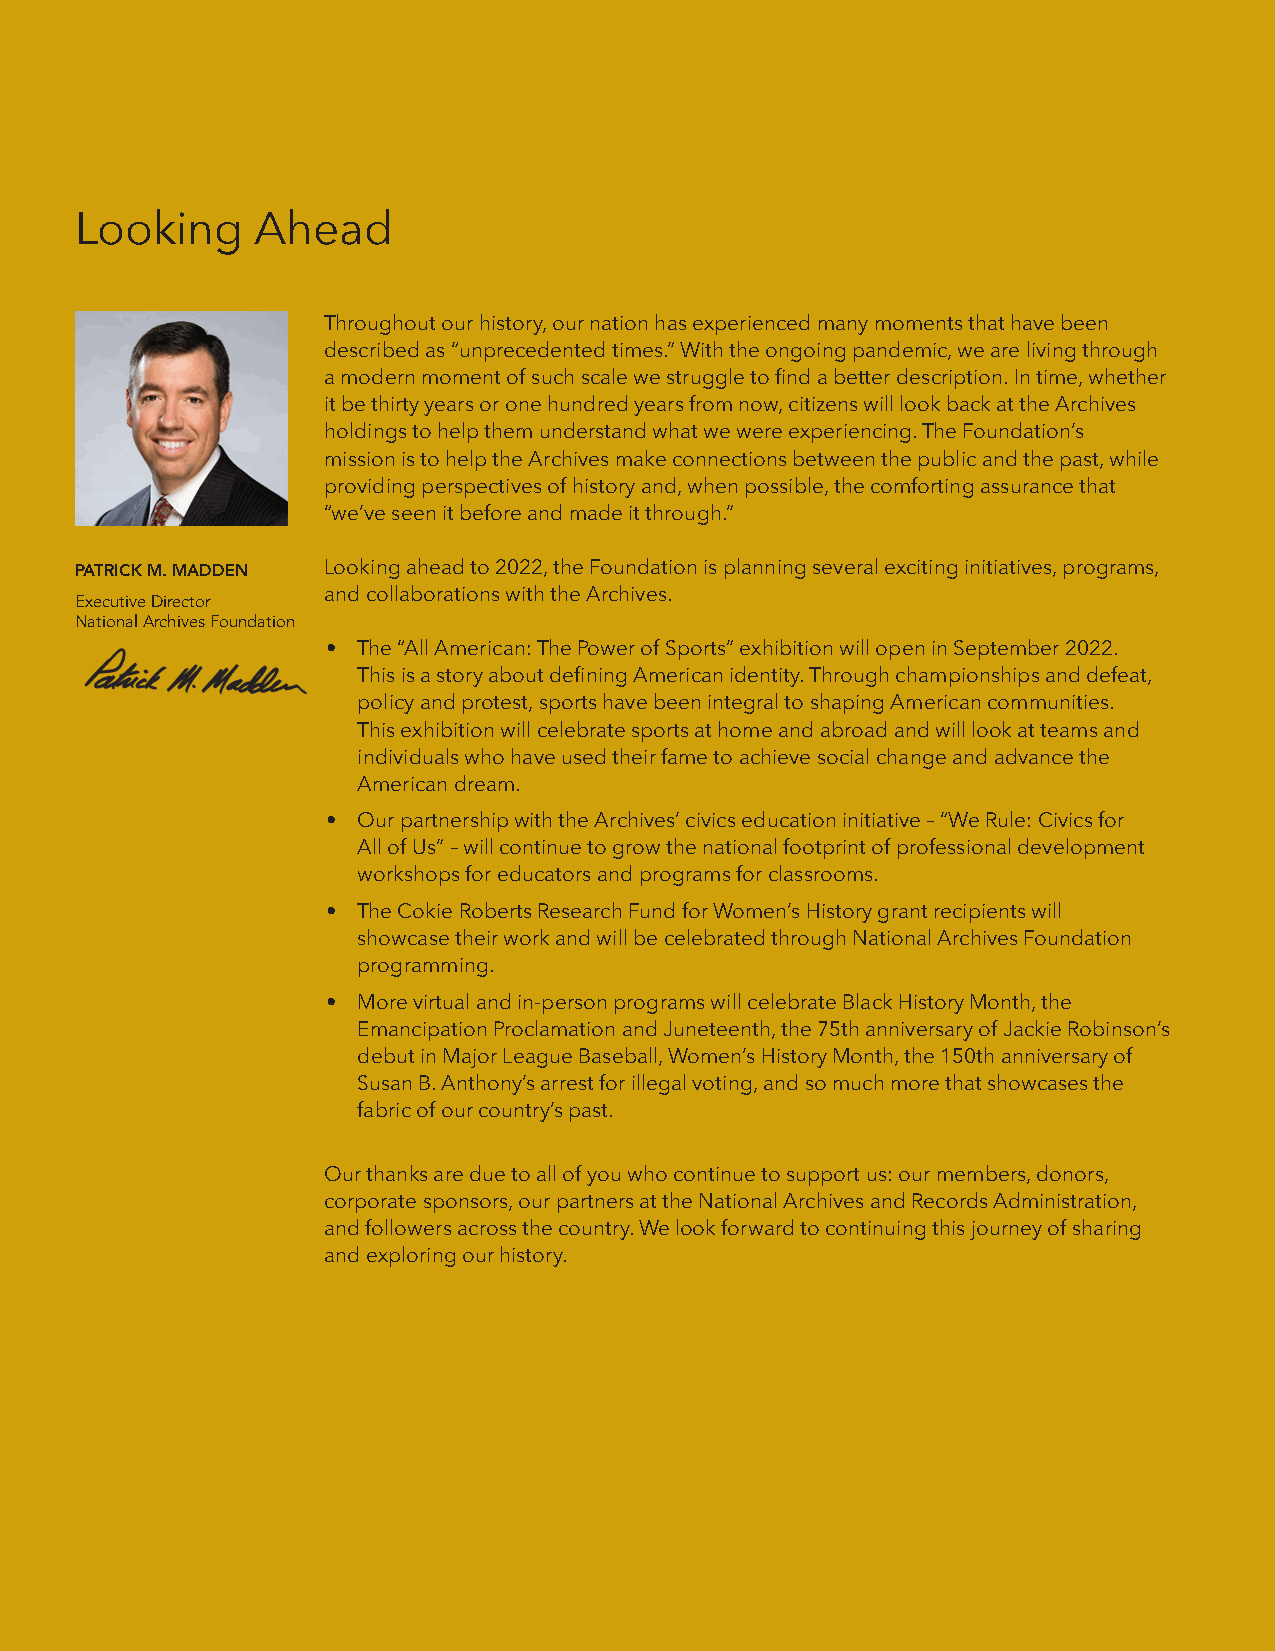
Looking     Ahead
 Throughout our history, our nation has experienced many moments that have been
 described as “unprecedented times.” With the ongoing pandemic, we are living through
 a modern moment of such scale we struggle to find a better description. In time, whether
 it be thirty years or one hundred years from now, citizens will look back at the Archives
 holdings to help them understand what we were experiencing. The Foundation’s
 mission is to help the Archives make connections between the public and the past, while
 providing perspectives of history and, when possible, the comforting assurance that
 “we’ve seen it before and made it through.”
 PATRICK M. MADDEN Looking ahead to 2022, the Foundation is planning several exciting initiatives, programs,
 Executive Director and collaborations with the Archives.
 National Archives Foundation
 • The “All American: The Power of Sports” exhibition will open in September 2022.
 This is a story about defining American identity. Through championships and defeat,
 policy and protest, sports have been integral to shaping American communities.
 This exhibition will celebrate sports at home and abroad and will look at teams and
 individuals who have used their fame to achieve social change and advance the
 American dream.
 • Our partnership with the Archives’ civics education initiative – “We Rule: Civics for
 All of Us” – will continue to grow the national footprint of professional development
 workshops for educators and programs for classrooms.
 • The Cokie Roberts Research Fund for Women’s History grant recipients will
 showcase their work and will be celebrated through National Archives Foundation
 programming.
 • More virtual and in-person programs will celebrate Black History Month, the
 Emancipation Proclamation and Juneteenth, the 75th anniversary of Jackie Robinson’s
 debut in Major League Baseball, Women’s History Month, the 150th anniversary of
 Susan B. Anthony’s arrest for illegal voting, and so much more that showcases the
 fabric of our country’s past.
 Our thanks are due to all of you who continue to support us: our members, donors,
 corporate sponsors, our partners at the National Archives and Records Administration,
 and followers across the country. We look forward to continuing this journey of sharing
 and exploring our history.
 NATIONAL ARCHIVES FOUNDATION 2021 ANNUAL REPORT                          3